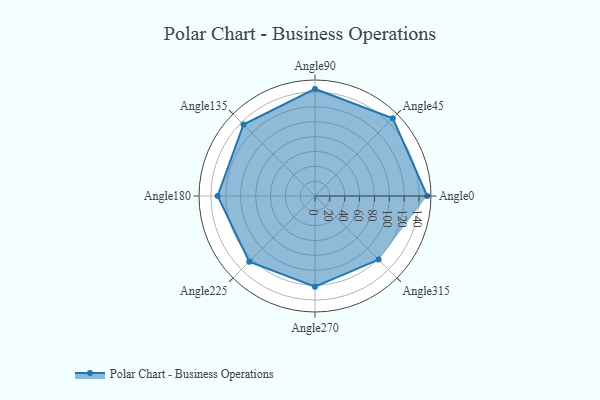
{"axis": {"x": "Angle", "y": "Radius"}, "legend": [""], "data": [{"x": "Angle0", "y": 151.0, "type": ""}, {"x": "Angle45", "y": 148.0, "type": ""}, {"x": "Angle90", "y": 144.0, "type": ""}, {"x": "Angle135", "y": 136.0, "type": ""}, {"x": "Angle180", "y": 131.0, "type": ""}, {"x": "Angle225", "y": 125.0, "type": ""}, {"x": "Angle270", "y": 122.0, "type": ""}, {"x": "Angle315", "y": 121.0, "type": ""}]}